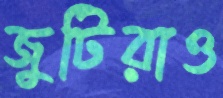
জুটিরাও